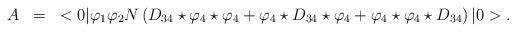
LaTeX: \begin{align*}\begin{array}{rcl}A&=&\displaystyle <0|\varphi_1\varphi_2N\left(D_{34}\star\varphi_4\star\varphi_4+\varphi_4\star D_{34}\star\varphi_4+\varphi_4\star\varphi_4\star D_{34}\right)|0>.\end{array}\end{align*}